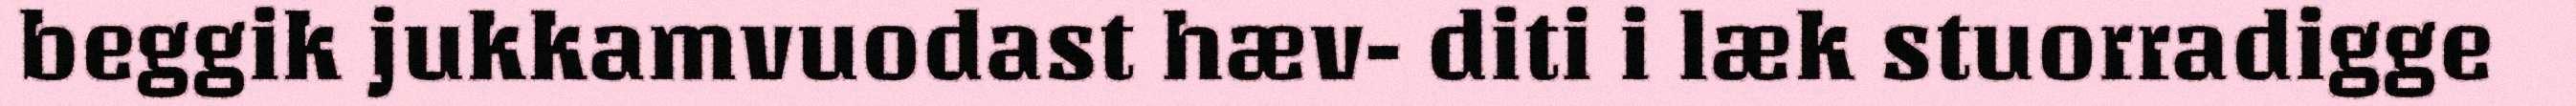
beggik jukkamvuodast hæv- diti i læk stuorradigge